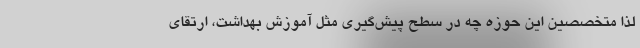
لذا متخصصین این حوزه چه در سطح پیش‌گیری مثل آموزش بهداشت‌، ارتقای